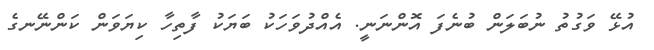
އުޅޭ ވަގުތު ނުބަލަން ބުނެފަ އޮންނަނީ. އެއްދުވަހަކު ބަޔަކު ފާތިހާ ކިޔަވަން ކަންނޭނގެ